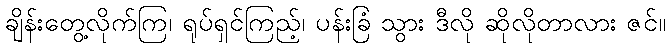
ချိန်းတွေ့လိုက်ကြ၊ ရုပ်ရှင်ကြည့်၊ ပန်းခြံ သွား ဒီလို ဆိုလိုတာလား ဇင်။